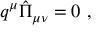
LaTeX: q ^ { \mu } { \hat { \Pi } } _ { \mu \nu } = 0 ~ ,